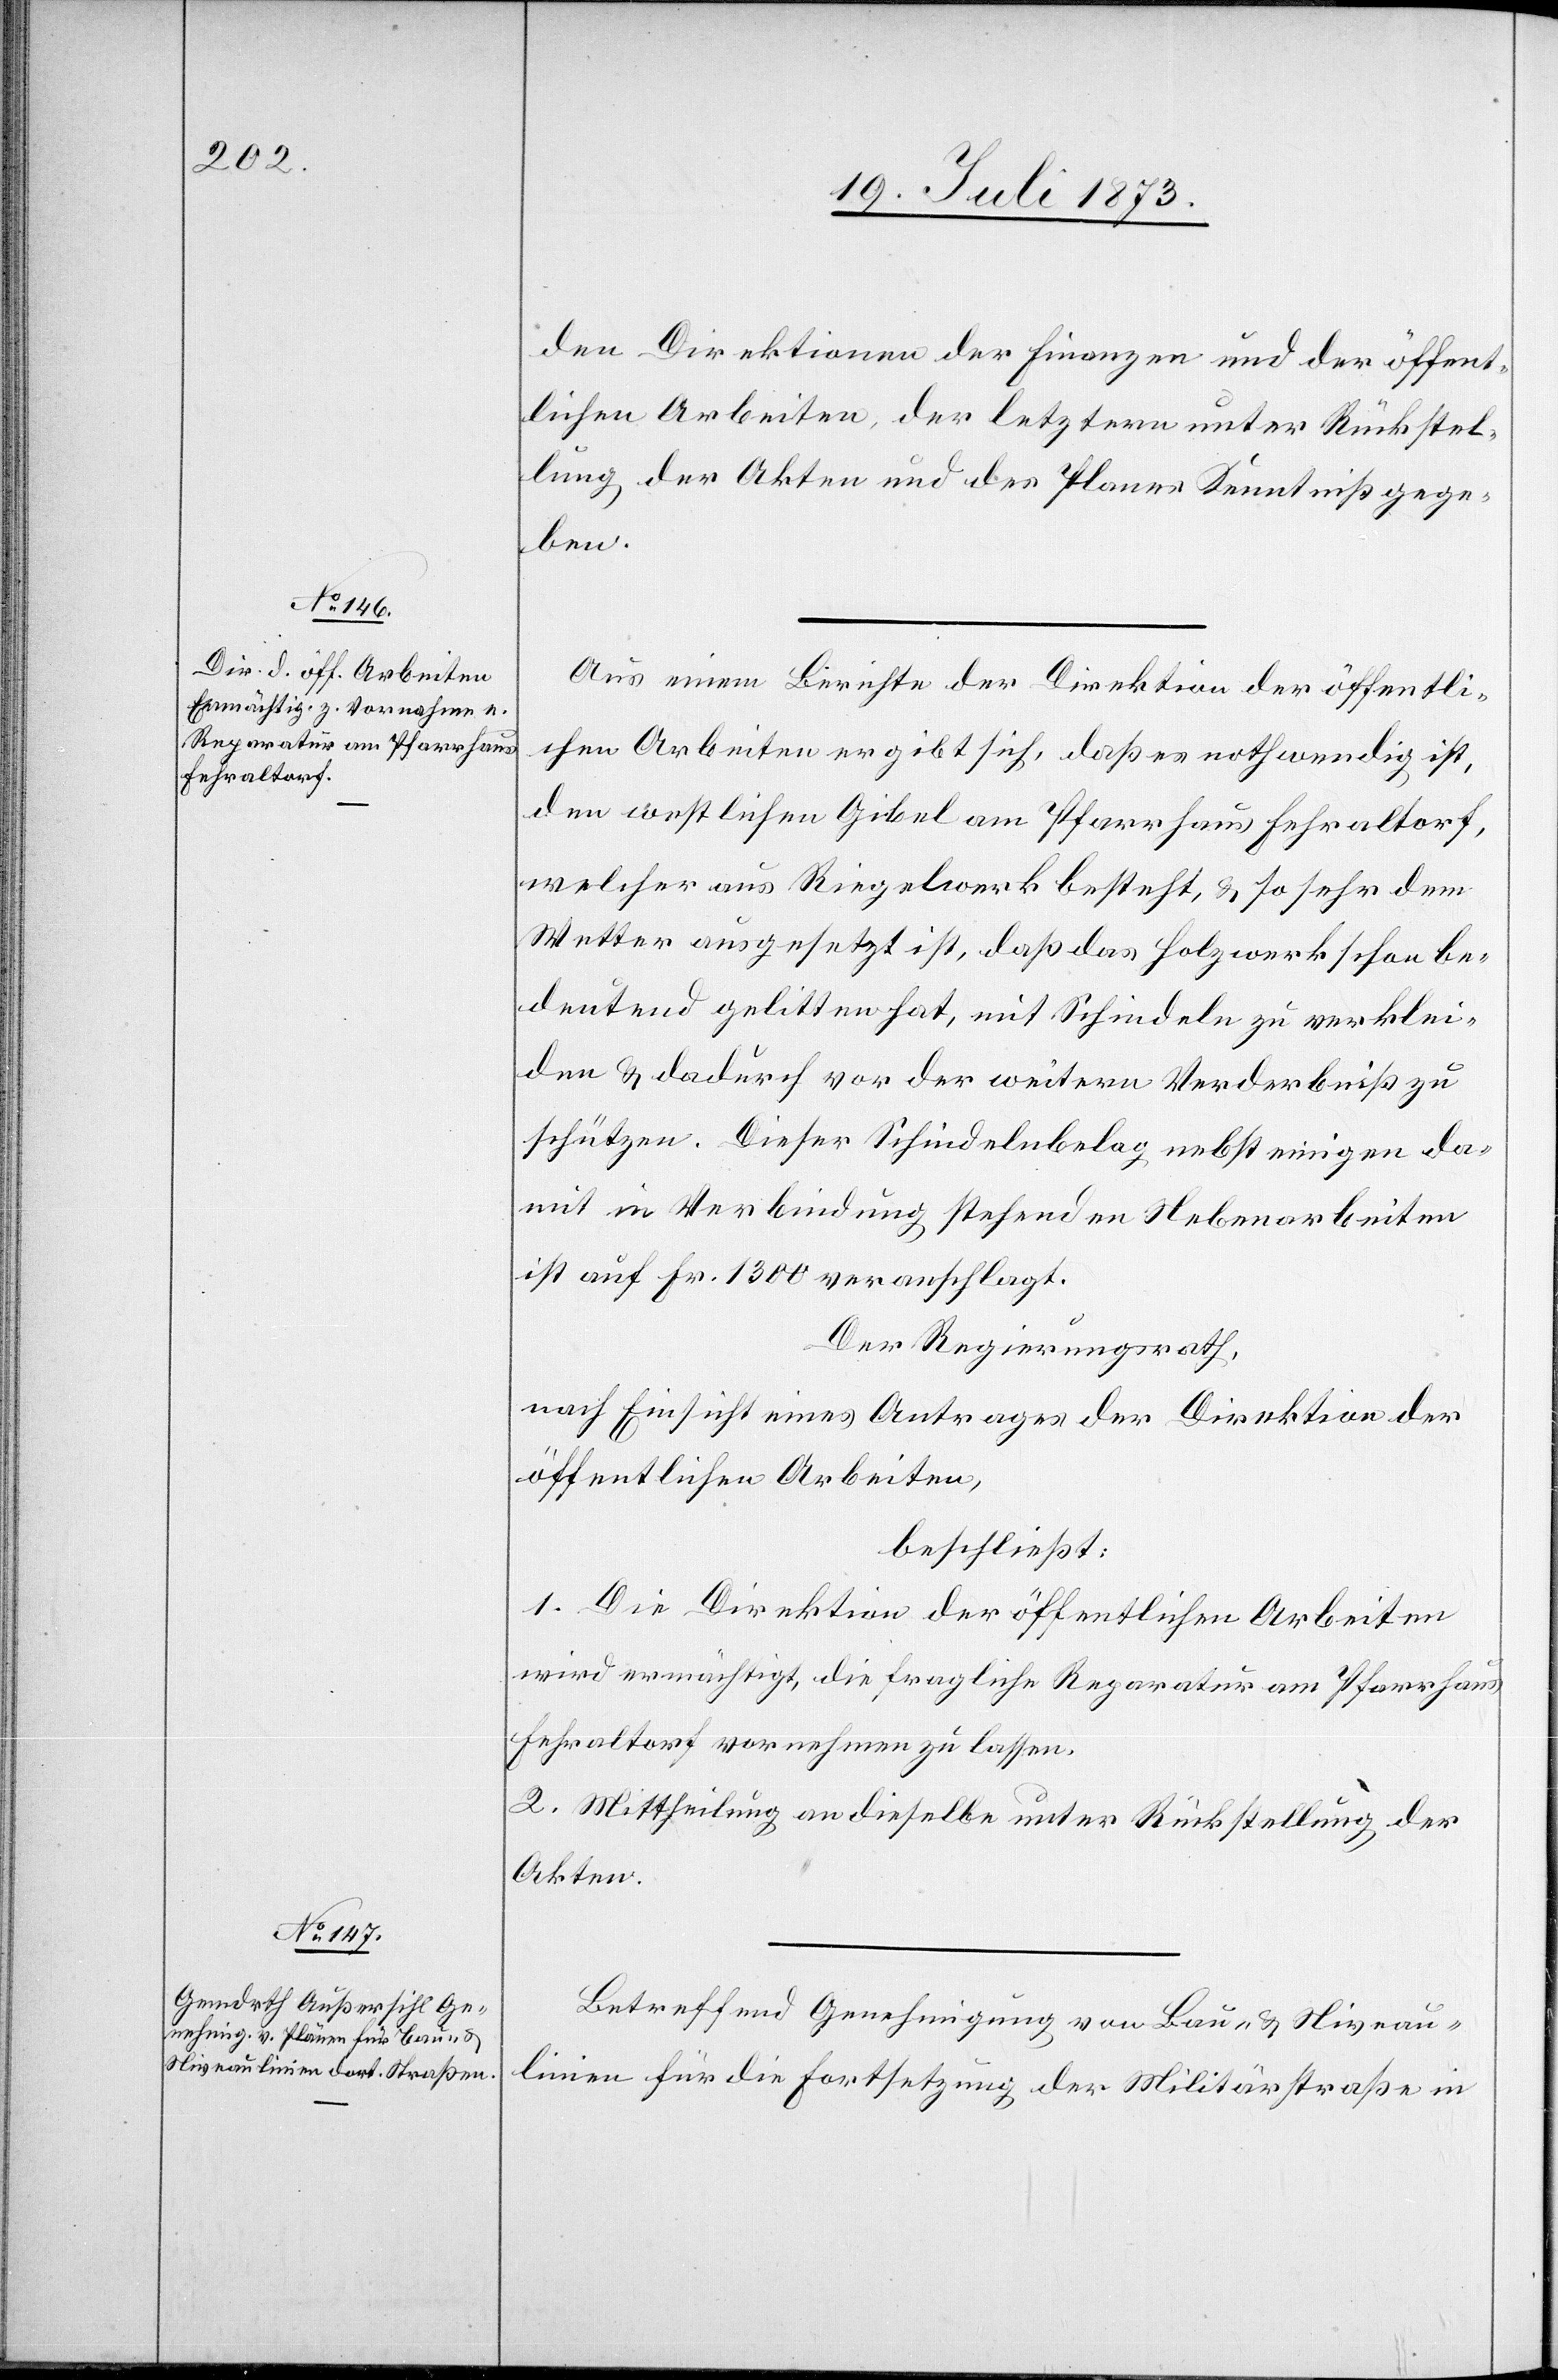
den Direktionen der Finanzen und der öffent¬
lichen Arbeiten, der letztern unter Rückstel¬
lung der Akten und des Planes Kenntniß gege¬
ben.
Aus einem Berichte der Direktion der öffentli¬
chen Arbeiten ergibt sich, daß es nothwendig ist,
den westlichen Gibel am Pfarrhaus Fehraltorf,
welcher aus Riegelwerk besteht, & so sehr dem
Wetter ausgesetzt ist, daß das Holzwerk schon be¬
deutend gelitten hat, mit Schindeln zu verklei¬
den & dadurch vor der weitern Verderbniß zu
schützen. Dieser Schindelnbelag nebst einigen da¬
mit in Verbindung stehenden Nebenarbeiten
ist auf Fr. 1 300 veranschlagt.
Der Regierungsrath,
nach Einsicht eines Antrages der Direktion der
öffentlichen Arbeiten,
beschließt:
1. Die Direktion der öffentlichen Arbeiten
wird ermächtigt, die fragliche Reparatur am Pfarrhaus
Fehraltorf vornehmen zu lassen.
2. Mittheilung an dieselbe unter Rückstellung der
Akten.
Betreffend Genehmigung von Bau- & Niveau¬
linien für die Fortsetzung der Militärstraße in